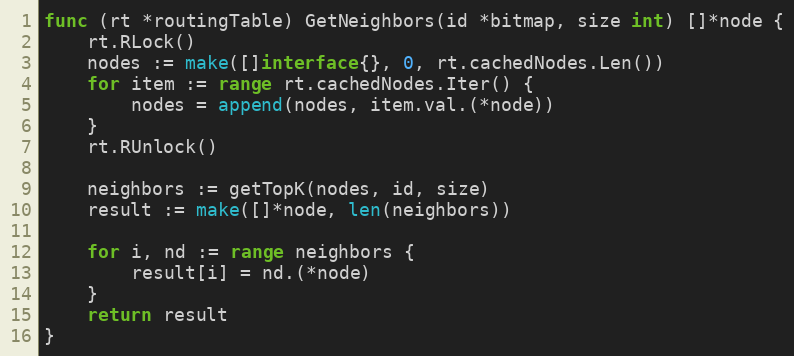
Language: Go
func (rt *routingTable) GetNeighbors(id *bitmap, size int) []*node {
	rt.RLock()
	nodes := make([]interface{}, 0, rt.cachedNodes.Len())
	for item := range rt.cachedNodes.Iter() {
		nodes = append(nodes, item.val.(*node))
	}
	rt.RUnlock()

	neighbors := getTopK(nodes, id, size)
	result := make([]*node, len(neighbors))

	for i, nd := range neighbors {
		result[i] = nd.(*node)
	}
	return result
}